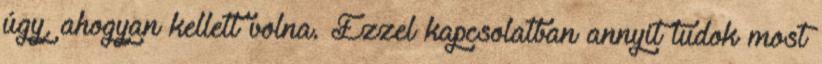
úgy, ahogyan kellett volna. Ezzel kapcsolatban annyit tudok most